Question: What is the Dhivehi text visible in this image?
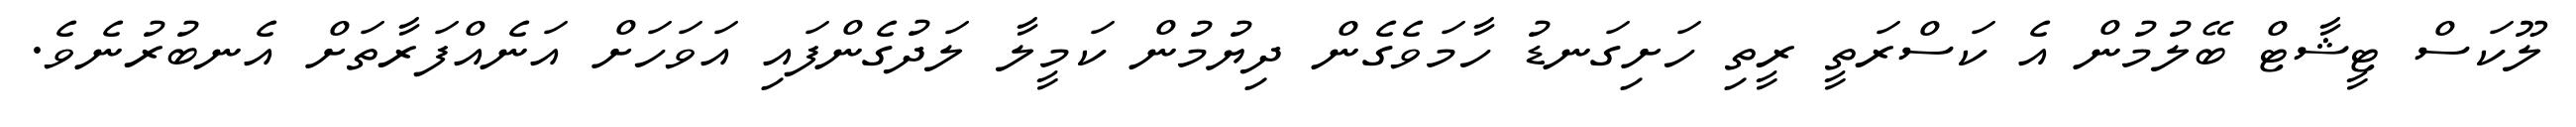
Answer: ލޫކަސް ޓީޝާޓް ބޭލުމުން އެ ކަސްރަތީ ރީތި ހަށިގަނޑު ހާމަވެގެން ދިޔުމުން ކަމީލާ ލަދުގެންފައި އަވަހަށް އަނެއްފަރާތަށް އެނބުރުނެވެ.